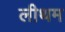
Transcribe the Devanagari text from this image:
लीथम